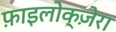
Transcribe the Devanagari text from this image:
फ़ाइलोक्ज़ेरा